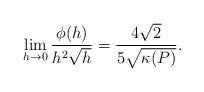
LaTeX: \begin{align*} \begin{aligned} \lim_{h\rightarrow0}\frac{\phi(h)}{h^2\sqrt{h}}=\frac{4\sqrt{2}}{5\sqrt{\kappa(P)}}. \end{aligned} \end{align*}